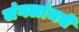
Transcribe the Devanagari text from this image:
जंगलांमधे